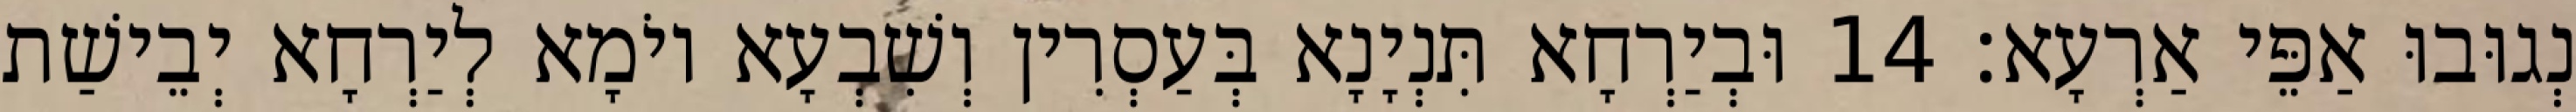
נְגוּבוּ אַפֵּי אַרְעָא׃ 14 וּבְיַרְחָא תִּנְיָנָא בְּעַסְרִין וְשִׁבְעָא יוֹמָא לְיַרְחָא יְבֵישַׁת